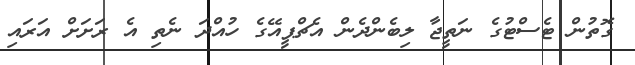
ގޮތުން ޓެސްޓުގެ ނަތީޖާ ލިބެންދެން އެޗްޕީއޭގެ ހުއްދަ ނެތި އެ ރަށަށް އަރައި